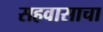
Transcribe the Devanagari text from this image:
सहवासाचा